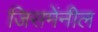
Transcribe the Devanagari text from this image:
जिसमेंनील